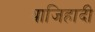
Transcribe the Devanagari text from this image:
थाजिहादी